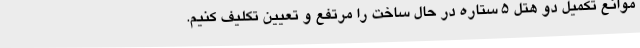
موانع تکمیل دو هتل 5 ستاره در حال ساخت را مرتفع و تعیین تکلیف کنیم.